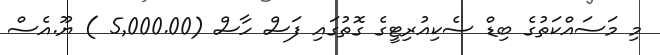
މި މަސައްކަތުގެ ބިޑް ސެކިއުރިޓީގެ ގޮތުގައި ފަސް ހާސް (5